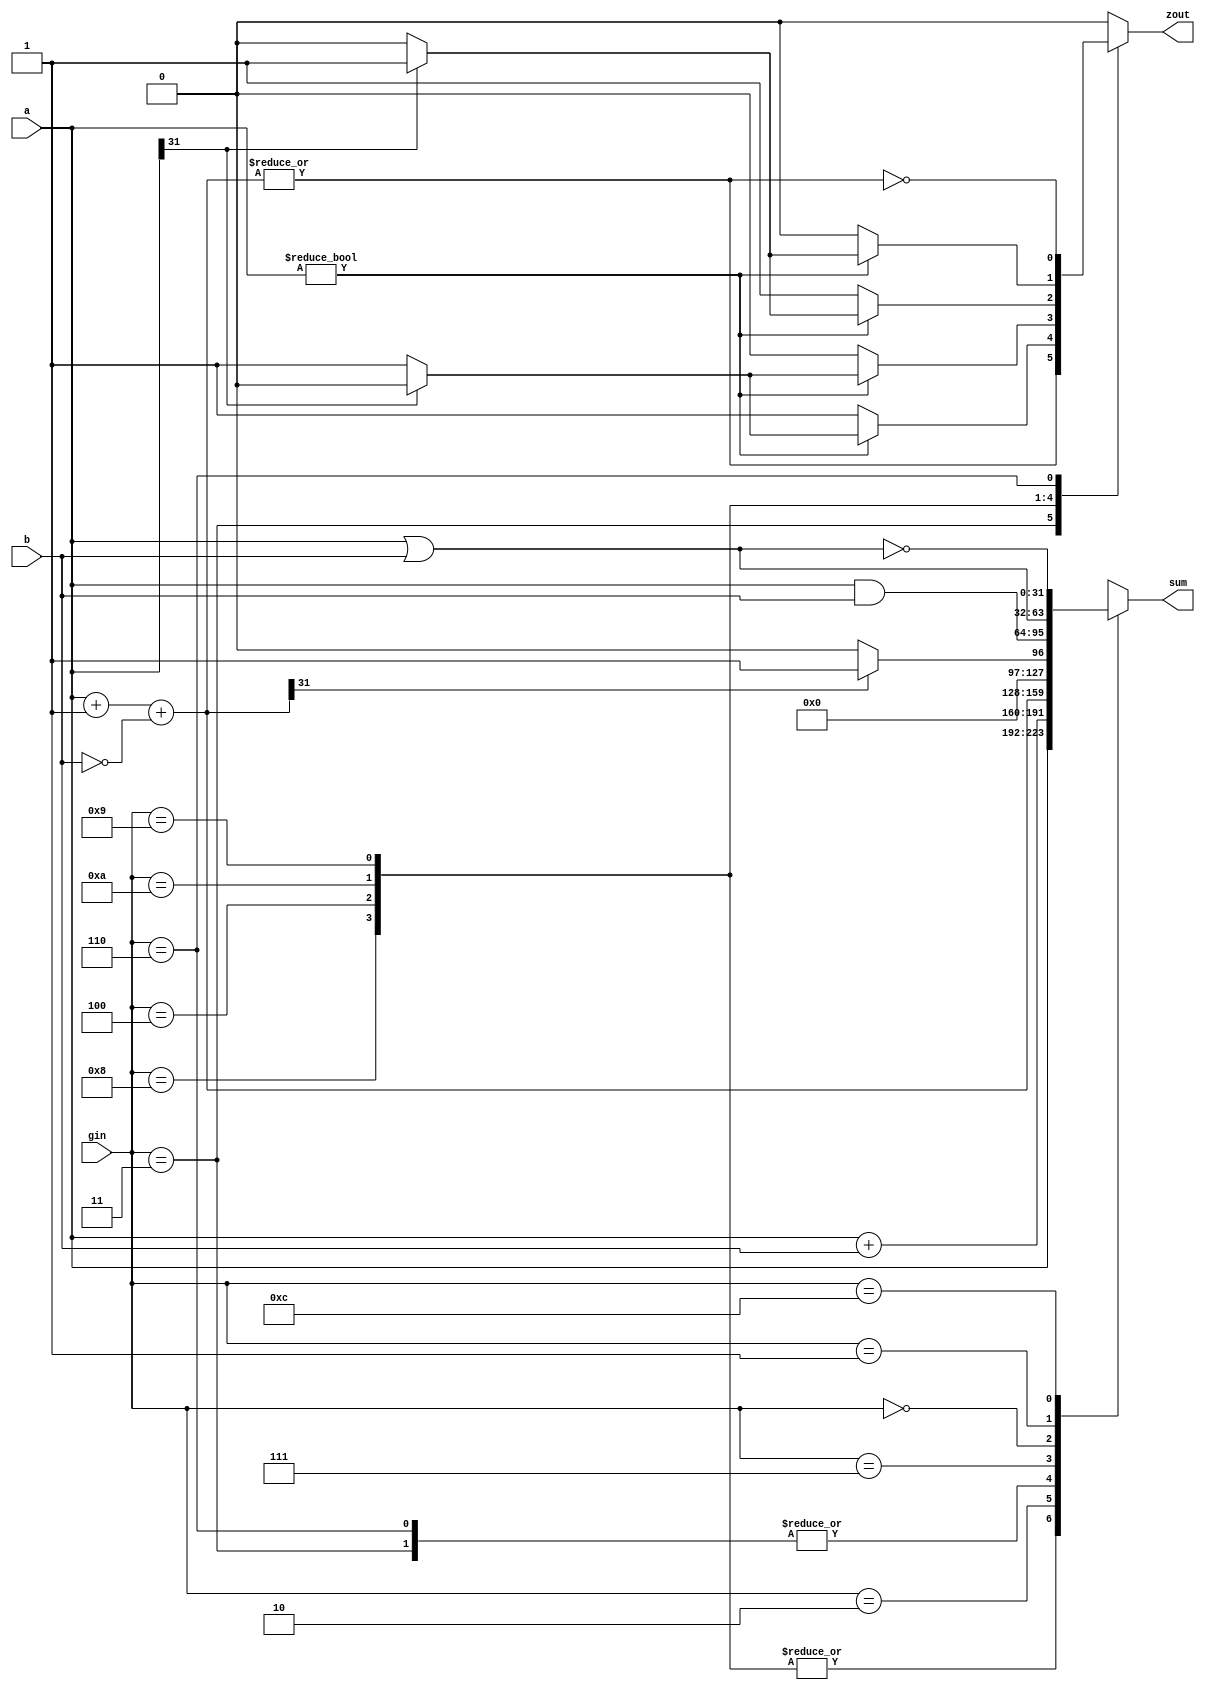
module alu32(sum,a,b,zout,gin);//ALU operation according to the ALU control line values
output [31:0] sum;
input [31:0] a,b; 
input [3:0] gin;//ALU control line
reg [31:0] sum;
reg [31:0] less;
output zout;
reg zout;
always @(a or b or gin)
begin
zout=0;
sum=a;
	case(gin)
	4'b0011:begin sum=a+1+(~b);		//bne
				zout=(|sum);	
			end				
	4'b1000:begin		//bgez
				zout=sum!=0 ? (sum[31]==0 ? 1:0):1;	
			end							
	4'b0100:begin 		//bgtz
				zout=sum!=0 ? (sum[31]==0 ? 1:0):0;	
			end							
	4'b1010:begin		//blez
				zout=sum!=0 ? (sum[31]==1 ? 1:0):1;	
			end							
	4'b1001:begin		//bltz
				zout=sum!=0 ? (sum[31]==1 ? 1:0):0;	
			end							
	4'b0010: sum=a+b; 				//ALU control line=0010, ADD
	4'b0110:begin sum=a+1+(~b);		//ALU control line=0110, SUB, beq
				zout=~(|sum);			
			end
	4'b0111: begin less=a+1+(~b);	//ALU control line=0111, set on less than
			if (less[31]) sum=1;	
			else sum=0;
		  end
	4'b0000: sum=a & b;				//ALU control line=0000, AND
	4'b0001: sum=a|b;				//ALU control line=0001, OR
	4'b1100: sum=~(a|b);			//ALU control line=1100, NOR
	default: sum=31'bx;	
	endcase
end
endmodule